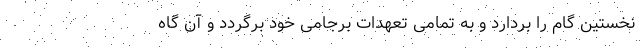
نخستین گام را بردارد و به تمامی تعهدات برجامی خود برگردد و آن گاه